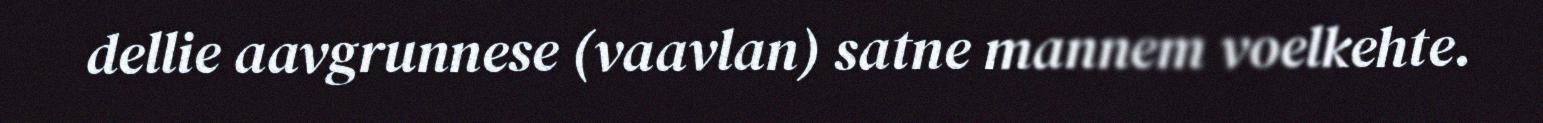
dellie aavgrunnese (vaavlan) satne mannem voelkehte.